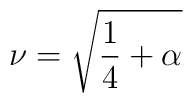
\nu = \sqrt{\frac{1}{4} + \alpha}